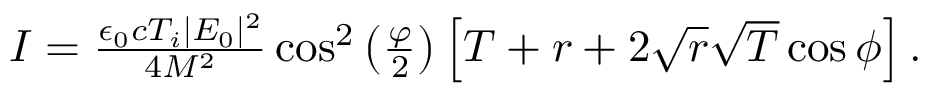
\begin{array} { r } { I = \frac { \epsilon _ { 0 } c T _ { i } | E _ { 0 } | ^ { 2 } } { 4 M ^ { 2 } } \cos ^ { 2 } \left( \frac { \varphi } { 2 } \right) \left[ T + r + 2 \sqrt { r } \sqrt { T } \cos \phi \right] . } \end{array}